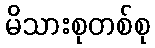
မိသားစုတစ်စု